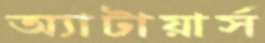
অ্যাটায়ার্স